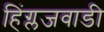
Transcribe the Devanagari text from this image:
हिंग्लजवाडी